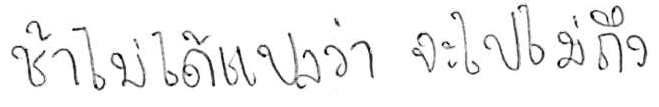
ช้า ไม่ได้แปลว่า จะไปไม่ถึง